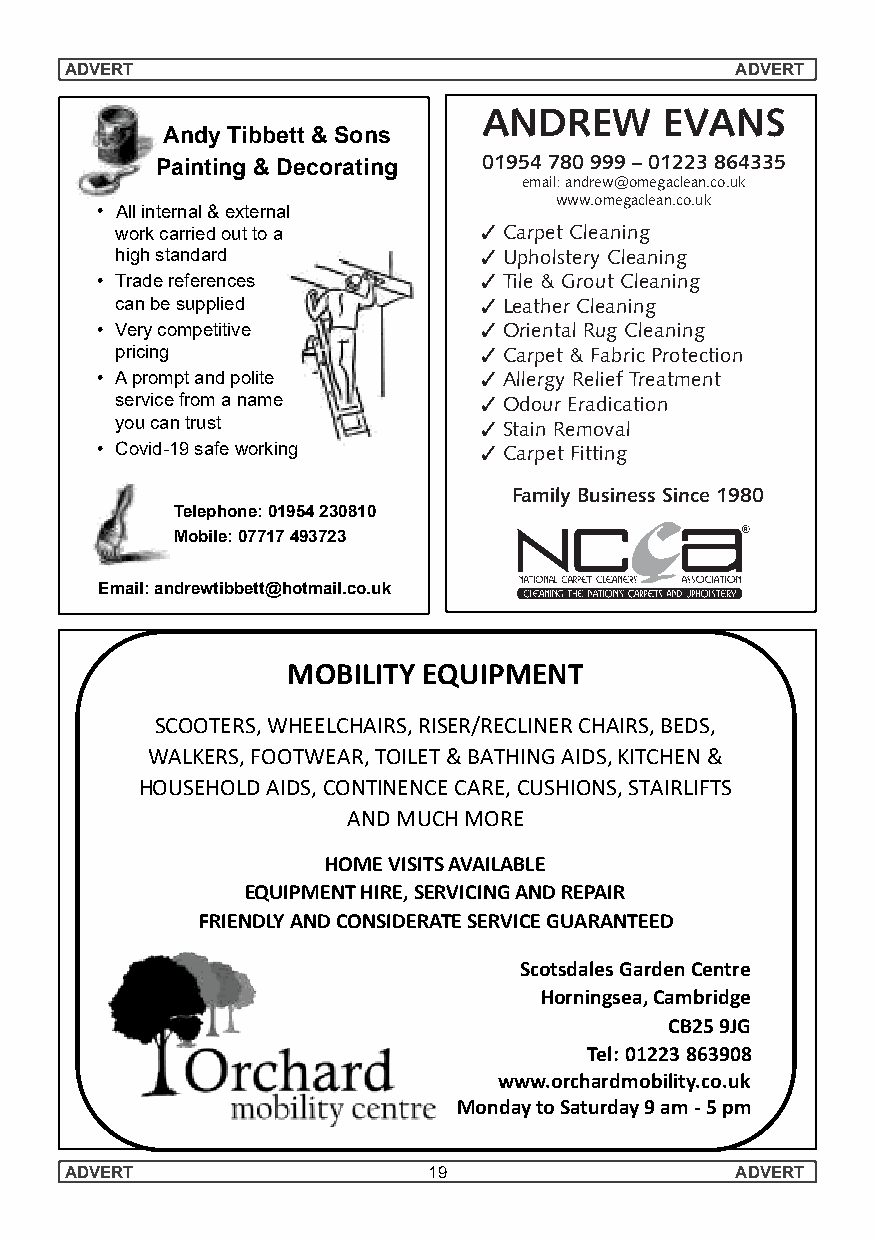
ADVERT                                       ADVERT
 ANDREW      EVANS
 Andy Tibbett & Sons
 Painting & Decorating 01954 780 999 – 01223 864335
 email: andrew@omegaclean.co.uk
 www.omegaclean.co.uk
 • Allinternal&external
 workcarriedouttoa       ✓ Carpet Cleaning
 highstandard            ✓ Upholstery Cleaning
 • Tradereferences         ✓ Tile & Grout Cleaning
 canbesupplied           ✓ Leather Cleaning
 • Verycompetitive         ✓ Oriental Rug Cleaning
 pricing                 ✓ Carpet & Fabric Protection
 • Apromptandpolite        ✓ Allergy Relief Treatment
 servicefromaname        ✓ Odour Eradication
 youcantrust             ✓ Stain Removal
 • Covid-19safeworking     ✓ Carpet Fitting
 Family Business Since 1980
 Telephone:01954230810
 Mobile:07717493723
 Email:andrewtibbett@hotmail.co.uk
 MOBILITY EQUIPMENT
 SCOOTERS,WHEELCHAIRS,RISER/RECLINERCHAIRS,BEDS,
 WALKERS,FOOTWEAR,TOILET&BATHINGAIDS,KITCHEN&
 HOUSEHOLDAIDS,CONTINENCECARE,CUSHIONS,STAIRLIFTS
 ANDMUCHMORE
 HOMEVISITSAVAILABLE
 EQUIPMENTHIRE,SERVICINGANDREPAIR
 FRIENDLYANDCONSIDERATESERVICEGUARANTEED
 ScotsdalesGardenCentre
 Horningsea,Cambridge
 CB259JG
 Tel: 01223863908
 www.orchardmobility.co.uk
 MondaytoSaturday9am-5pm
 ADVERT                  19                   ADVERT